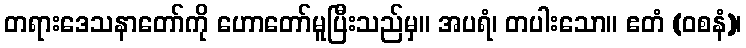
တရားဒေသနာတော်ကို ဟောတော်မူပြီးသည်မှ။ အပရံ၊ တပါးသော။ ဧတံ (ဝစနံ)၊